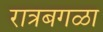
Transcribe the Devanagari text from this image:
रात्रबगळा